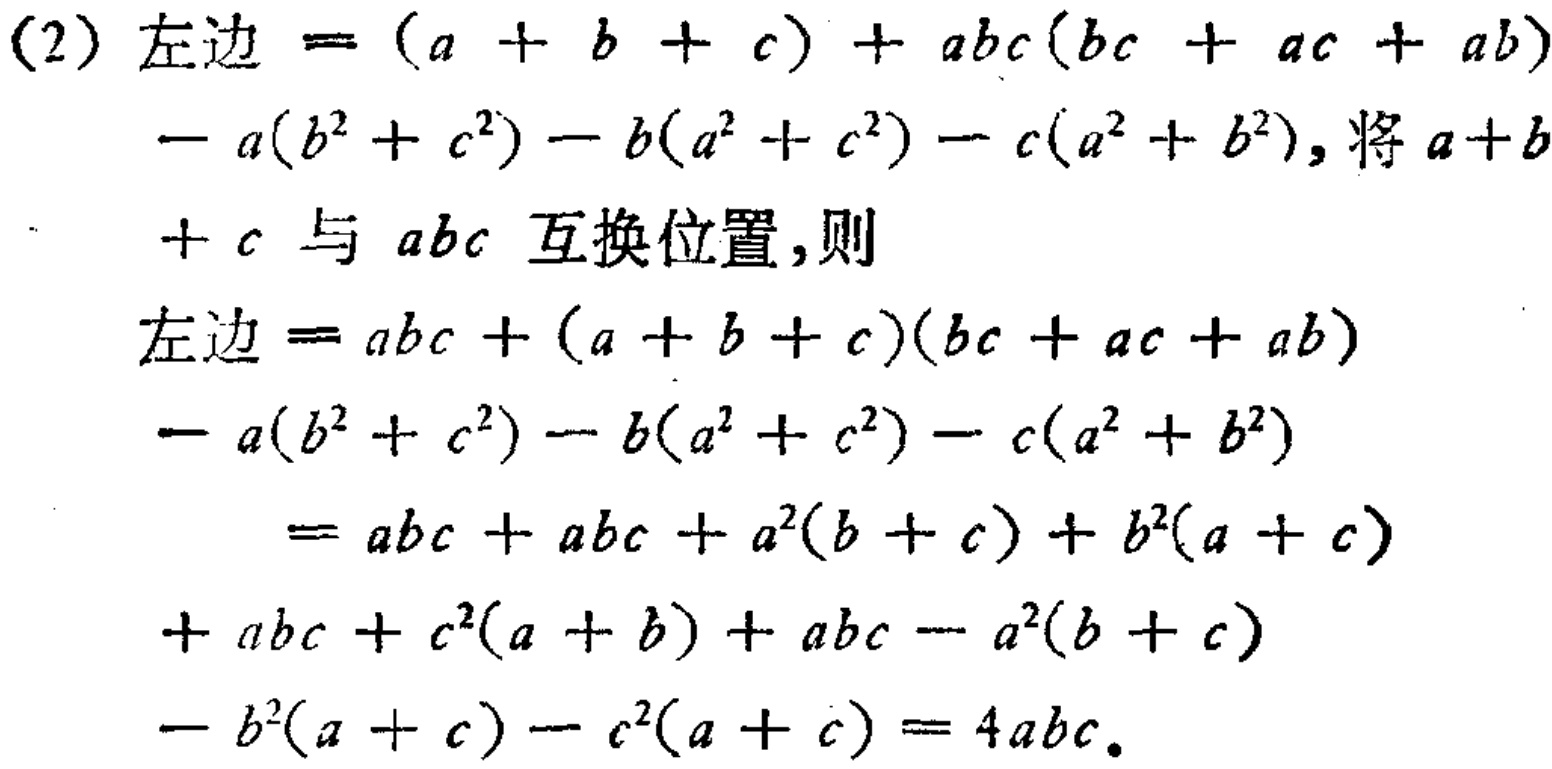
(2) 左边 \(=(a + b + c)+abc(bc + ac + ab)-a(b^{2}+c^{2})-b(a^{2}+c^{2})-c(a^{2}+b^{2})\)，将 \(a + b + c\) 与 \(abc\) 互换位置，则
左边 \(=abc+(a + b + c)(bc + ac + ab)-a(b^{2}+c^{2})-b(a^{2}+c^{2})-c(a^{2}+b^{2})\)
\(=abc + abc+a^{2}(b + c)+b^{2}(a + c)+abc + c^{2}(a + b)+abc - a^{2}(b + c)-b^{2}(a + c)-c^{2}(a + c)=4abc\)。